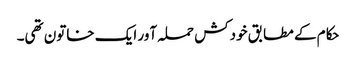
حکام کے مطابق خودکش حملہ آور ایک خاتون تھی۔